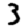
Digit: 3